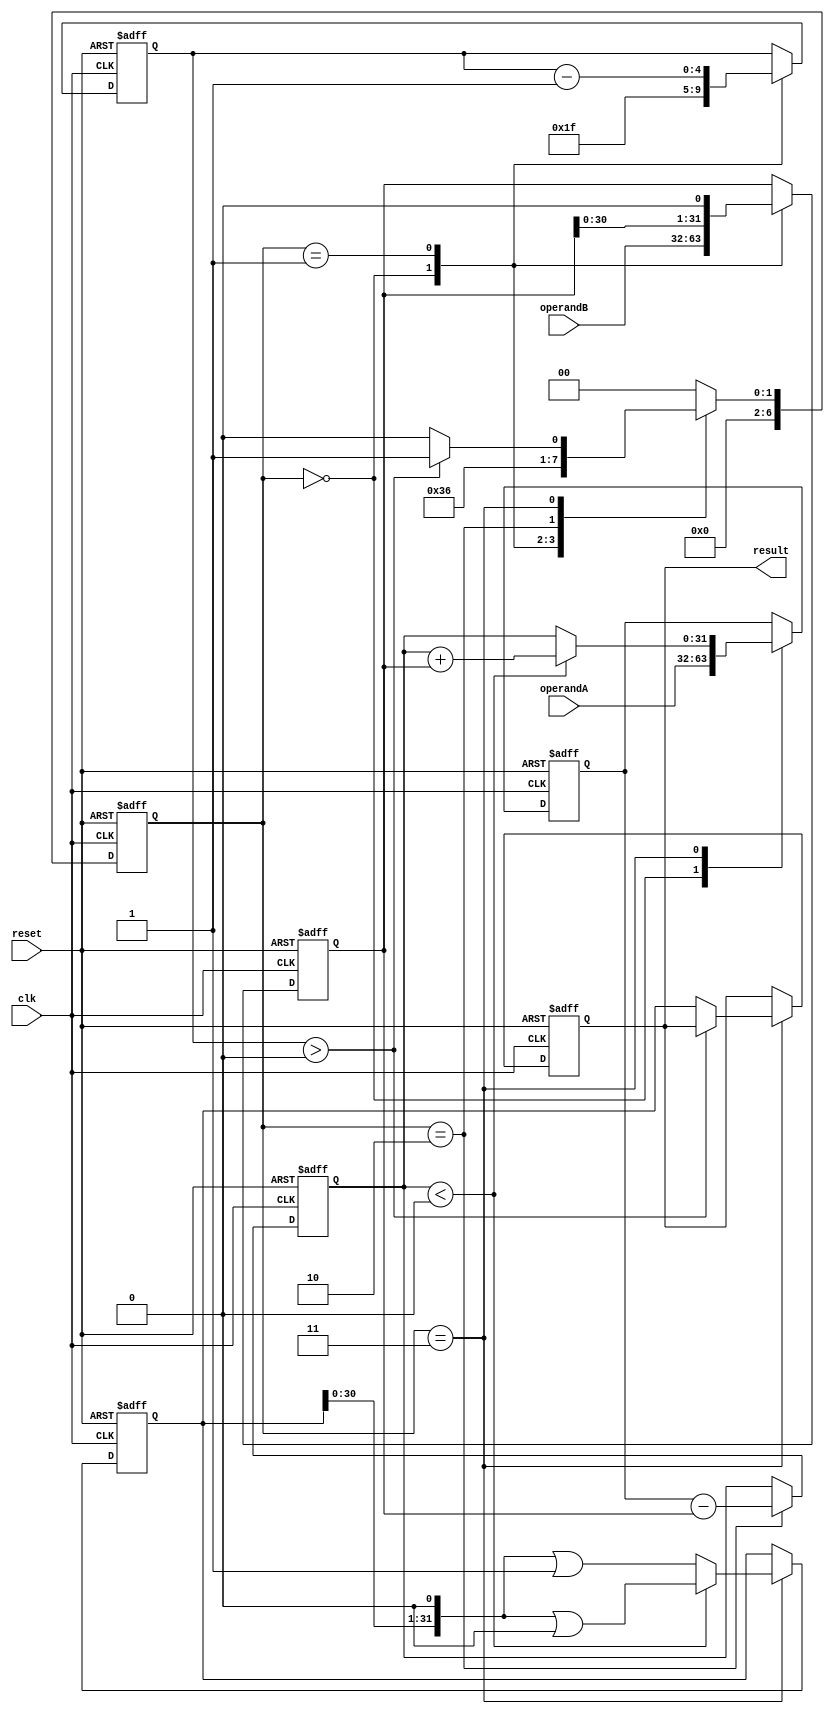
module PipelinedDivider (
    input wire clk,
    input wire reset,
    input wire [31:0] operandA,
    input wire [31:0] operandB,
    output reg [31:0] result
);

reg [31:0] dividend;
reg [31:0] divisor;
reg [6:0] stage;
reg [31:0] quotient;
reg [4:0] shift_amount;
reg [31:0] subtractor_output;

always @ (posedge clk or posedge reset) begin
    if (reset) begin
        stage <= 0;
        shift_amount <= 0;
        dividend <= 0;
        divisor <= 0;
        subtractor_output <= 0;
        quotient <= 0;
        result <= 0;
    end else begin
        case (stage)
            0: begin // Initialize
                dividend <= operandA;
                divisor <= operandB;
                shift_amount <= 31;
                stage <= 1;
            end
            1: begin // Shift the divisor
                divisor <= divisor << 1;
                shift_amount <= shift_amount - 1;
                stage <= 2;
            end
            2: begin // Subtract divisor from dividend
                subtractor_output <= dividend - divisor;
                stage <= 3;
            end
            3: begin // Check if result is negative
                if (subtractor_output < 0) begin
                    quotient <= (quotient << 1) | 0;
                    dividend <= subtractor_output + divisor;
                end else begin
                    quotient <= (quotient << 1) | 1;
                    dividend <= subtractor_output;
                end
                if (shift_amount > 0) begin
                    stage <= 1;
                end else begin
                    result <= quotient;
                    stage <= 0;
                end
            end
            default: begin
                stage <= 0;
            end
        endcase
    end
end

endmodule